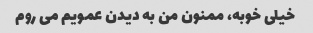
خیلی خوبه، ممنون من به دیدن عمویم می روم